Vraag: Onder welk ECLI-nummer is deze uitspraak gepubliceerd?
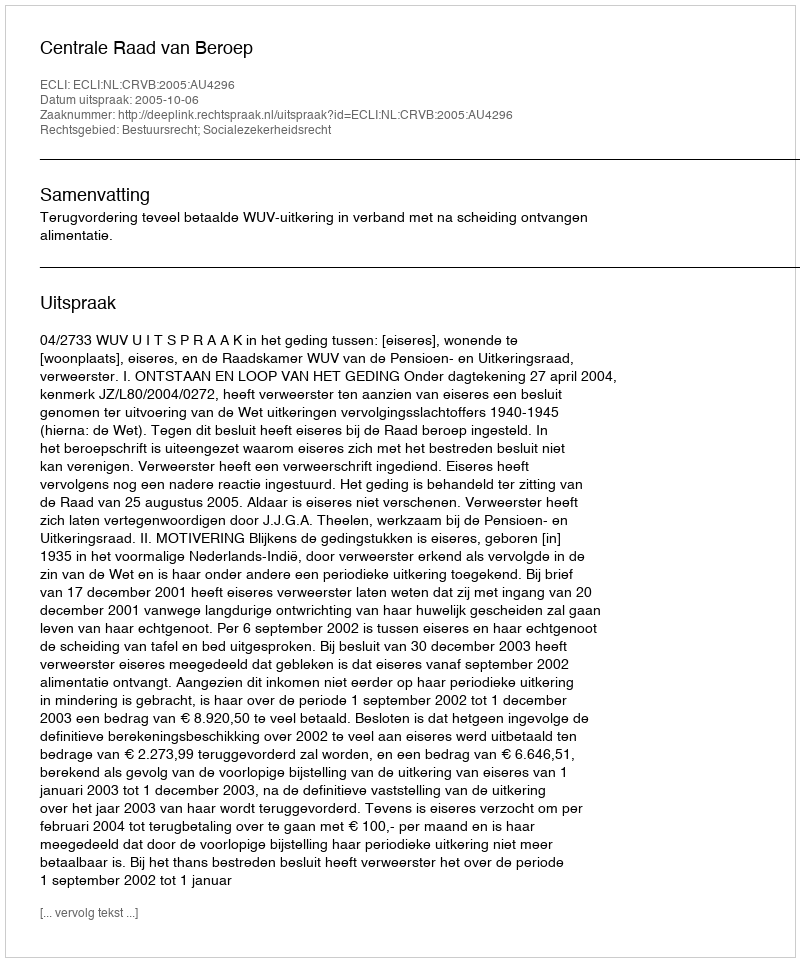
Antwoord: ECLI:NL:CRVB:2005:AU4296